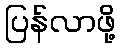
ပြန်လာဖို့